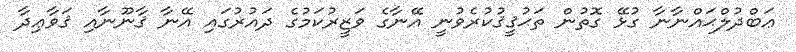
ޢަބްދުލްޙައްނާނާ ގުޅޭ ގޮތުން ތަޙުޤީޤުކުރެވުނީ އޭނާގެ ވަޒީރުކަމުގެ ދައުރުގައި އޭނާ ޤާނޫނާއި ޤަވާޢިދާ